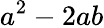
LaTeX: a^{2}-2ab